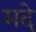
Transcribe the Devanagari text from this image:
मदे